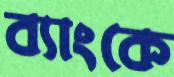
ব্যাংকে